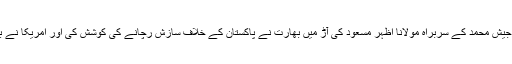
خاص طور پر جس طرح جیش محمد کے سربراہ مولانا اظہر مسعود کی آڑ میں بھارت نے پاکستان کے خلاف سازش رچانے کی کوشش کی اور امریکا نے بھارت کا بھرپور ساتھ دیا۔